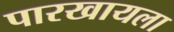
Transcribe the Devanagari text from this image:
पारखायला